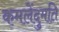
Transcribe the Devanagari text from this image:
कमलेंदुमति